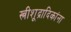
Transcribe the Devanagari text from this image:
स्त्रीशूद्रादिकांना